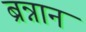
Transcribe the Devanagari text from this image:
ब्रन्नान